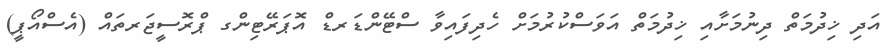
އަދި ޚިދުމަތް ދިނުމަށާއި ޚިދުމަތް އަވަސްކުރުމަށް ހެދިފައިވާ ސްޓޭންޑަރޑް އޮޕަރޭޓިންގ ޕްރޮސީޖަރތައް (އެސްއޯޕީ)